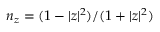
n _ { z } = ( 1 - | z | ^ { 2 } ) / ( 1 + | z | ^ { 2 } )